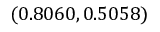
( 0 . 8 0 6 0 , 0 . 5 0 5 8 )